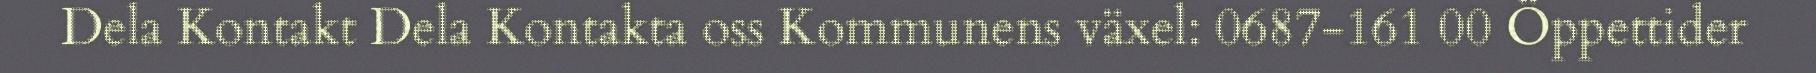
Dela Kontakt Dela Kontakta oss Kommunens växel: 0687-161 00 Öppettider